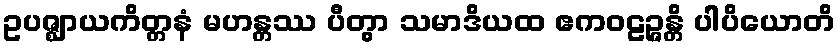
ဥပဇ္ဈာယကိတ္တနံ မဟန္တဿ ပီတွာ သမာဒိယထ ဧကဝဠဉ္ဇန္တိ ပါပိယောတိ